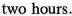
two hours.